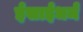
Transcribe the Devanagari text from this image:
ईसाईधर्मं